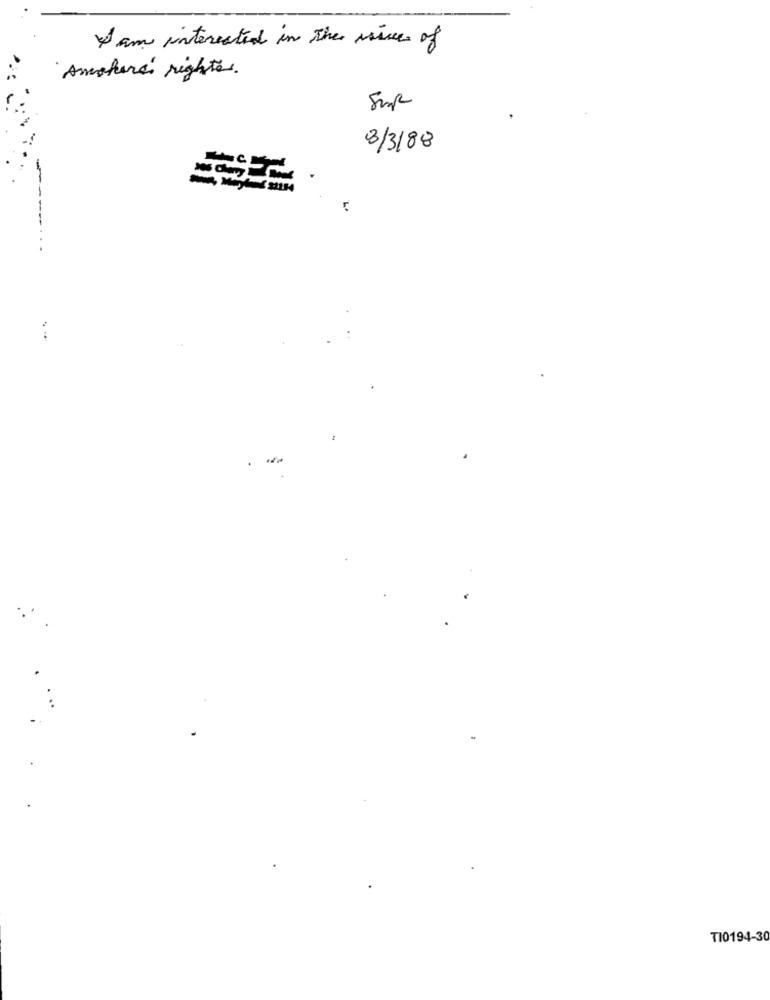
I am interested in the issue of
Amohere rightes.
8/3/88
----
TI0194-30